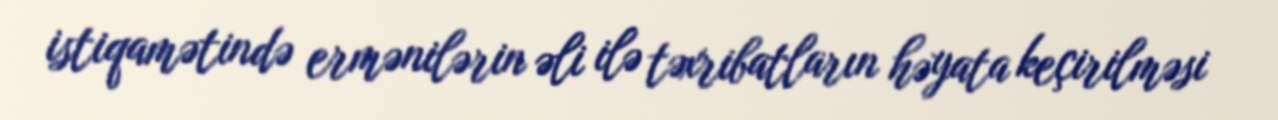
istiqamətində ermənilərin əli ilə təxribatların həyata keçirilməsi